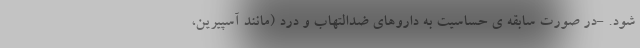
شود. -در صورت سابقه ی حساسیت به داروهای ضدالتهاب و درد (مانند آسپیرین،